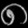
Digit: ၈